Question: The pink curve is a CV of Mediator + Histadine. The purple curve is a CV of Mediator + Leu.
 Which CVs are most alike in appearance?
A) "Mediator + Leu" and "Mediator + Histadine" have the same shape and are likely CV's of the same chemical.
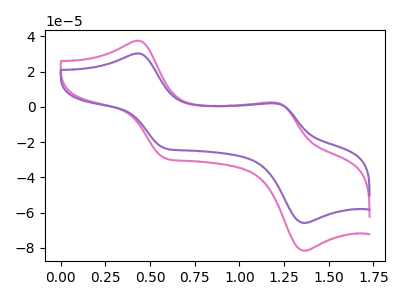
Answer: <think>The pink curve "Mediator + Histadine" has anodic peaks at (0.40V, 37.60uA) (1.20V, 2.40uA) and cathodic peaks at (0.60V, -28.95uA) (1.35V, -81.65uA). The purple curve "Mediator + Leu" has anodic peaks at (0.40V, 30.35uA) (1.20V, 1.95uA) and cathodic peaks at (0.60V, -23.35uA) (1.35V, -65.90uA).
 All the peaks in "Mediator + Histadine" have a peak in "Mediator + Leu" at the same potential. Every peak in "Mediator + Histadine" is higher than every peak in "Mediator + Leu".</think>
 <answer>A) "Mediator + Leu" and "Mediator + Histadine" have the same shape and are likely CV's of the same chemical.</answer>
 <eval>A</eval>